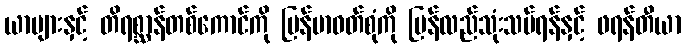
ယာများနှင့် တိရစ္ဆာန်တစ်ကောင်ကို မြန်မာဝတ်စုံကို ပြန်လည်သုံးသပ်ရန်နှင့် ဖရန်တီယာ